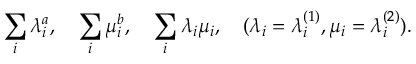
\sum _ { i } \lambda _ { i } ^ { a } , \quad \sum _ { i } \mu _ { i } ^ { b } , \quad \sum _ { i } \lambda _ { i } \mu _ { i } , \quad ( \lambda _ { i } = \lambda _ { i } ^ { ( 1 ) } , \mu _ { i } = \lambda _ { i } ^ { ( 2 ) } ) .